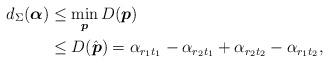
LaTeX: \begin{align*}d_\Sigma(\boldsymbol{\alpha})&\leq \min_{\boldsymbol{p}} D(\boldsymbol{p})\\&\leq D(\hat{\boldsymbol{p}})=\alpha_{r_1t_1}-\alpha_{r_2t_1}+\alpha_{r_2t_2}-\alpha_{r_1t_2},\end{align*}